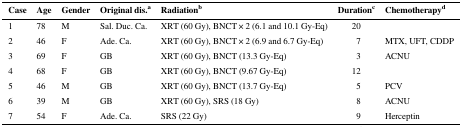
<table><thead><tr><td><b>Case</b></td><td><b>Age</b></td><td><b>Gender</b></td><td><b>Original dis.<sup>a</sup></b></td><td><b>Radiation<sup>b</sup></b></td><td><b>Duration<sup>c</sup></b></td><td><b>Chemotherapy<sup>d</sup></b></td></tr></thead><tbody><tr><td>1</td><td>78</td><td>M</td><td>Sal. Duc. Ca.</td><td>XRT (60 Gy), BNCT × 2 (6.1 and 10.1 Gy-Eq)</td><td>20</td><td></td></tr><tr><td>2</td><td>46</td><td>F</td><td>Ade. Ca.</td><td>XRT (60 Gy), BNCT × 2 (6.9 and 6.7 Gy-Eq)</td><td>7</td><td>MTX, UFT, CDDP</td></tr><tr><td>3</td><td>69</td><td>F</td><td>GB</td><td>XRT (60 Gy), BNCT (13.3 Gy-Eq)</td><td>3</td><td>ACNU</td></tr><tr><td>4</td><td>68</td><td>F</td><td>GB</td><td>XRT (60 Gy), BNCT (9.67 Gy-Eq)</td><td>12</td><td></td></tr><tr><td>5</td><td>46</td><td>M</td><td>GB</td><td>XRT (60 Gy), BNCT (13.7 Gy-Eq)</td><td>5</td><td>PCV</td></tr><tr><td>6</td><td>39</td><td>M</td><td>GB</td><td>XRT (60 Gy), SRS (18 Gy)</td><td>8</td><td>ACNU</td></tr><tr><td>7</td><td>54</td><td>F</td><td>Ade. Ca.</td><td>SRS (22 Gy)</td><td>9</td><td>Herceptin</td></tr></tbody></table>